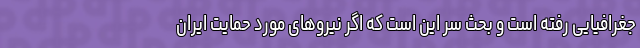
جغرافیایی رفته است و بحث سر این است که اگر نیروهای مورد حمایت ایران